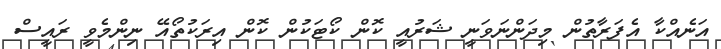
އަނެއްކާ އެފަރާތުން މިދަންނަވަނީ ޝަރުއީ ކޮން ކޯޓަކުން ކޮން އިރަކުތޯއޭ ނިންމެވީ ރައީސް